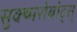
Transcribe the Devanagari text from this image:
सुक्ष्मरोबोट्स्